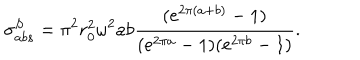
\sigma _ { a b s } ^ { S } = \pi ^ { 2 } r _ { 0 } ^ { 2 } \omega ^ { 2 } a b \frac { ( e ^ { 2 \pi ( a + b ) } - 1 ) } { ( e ^ { 2 \pi a } - 1 ) ( e ^ { 2 \pi b } - 1 ) } .